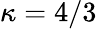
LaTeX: \kappa=4/3